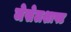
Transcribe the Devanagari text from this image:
जेसेलशाफ्ट